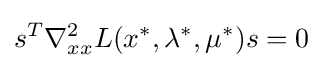
s^{T}\nabla _{xx}^{2}L(x^{*},\lambda ^{*},\mu ^{*})s=0